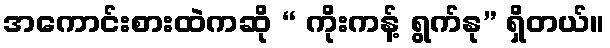
အကောင်းစားထဲကဆို “ ကိုးကန့် ရွက်နု” ရှိတယ်။